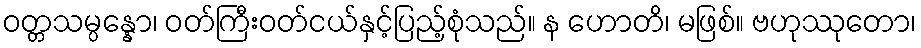
ဝတ္တသမ္ပန္နော၊ ဝတ်ကြီးဝတ်ငယ်နှင့်ပြည့်စုံသည်။ န ဟောတိ၊ မဖြစ်။ ဗဟုဿုတော၊